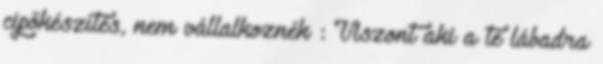
cipőkészítés, nem vállalkoznék : Viszont aki a te lábadra